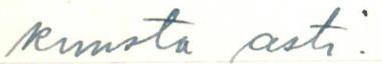
kuusta asti.